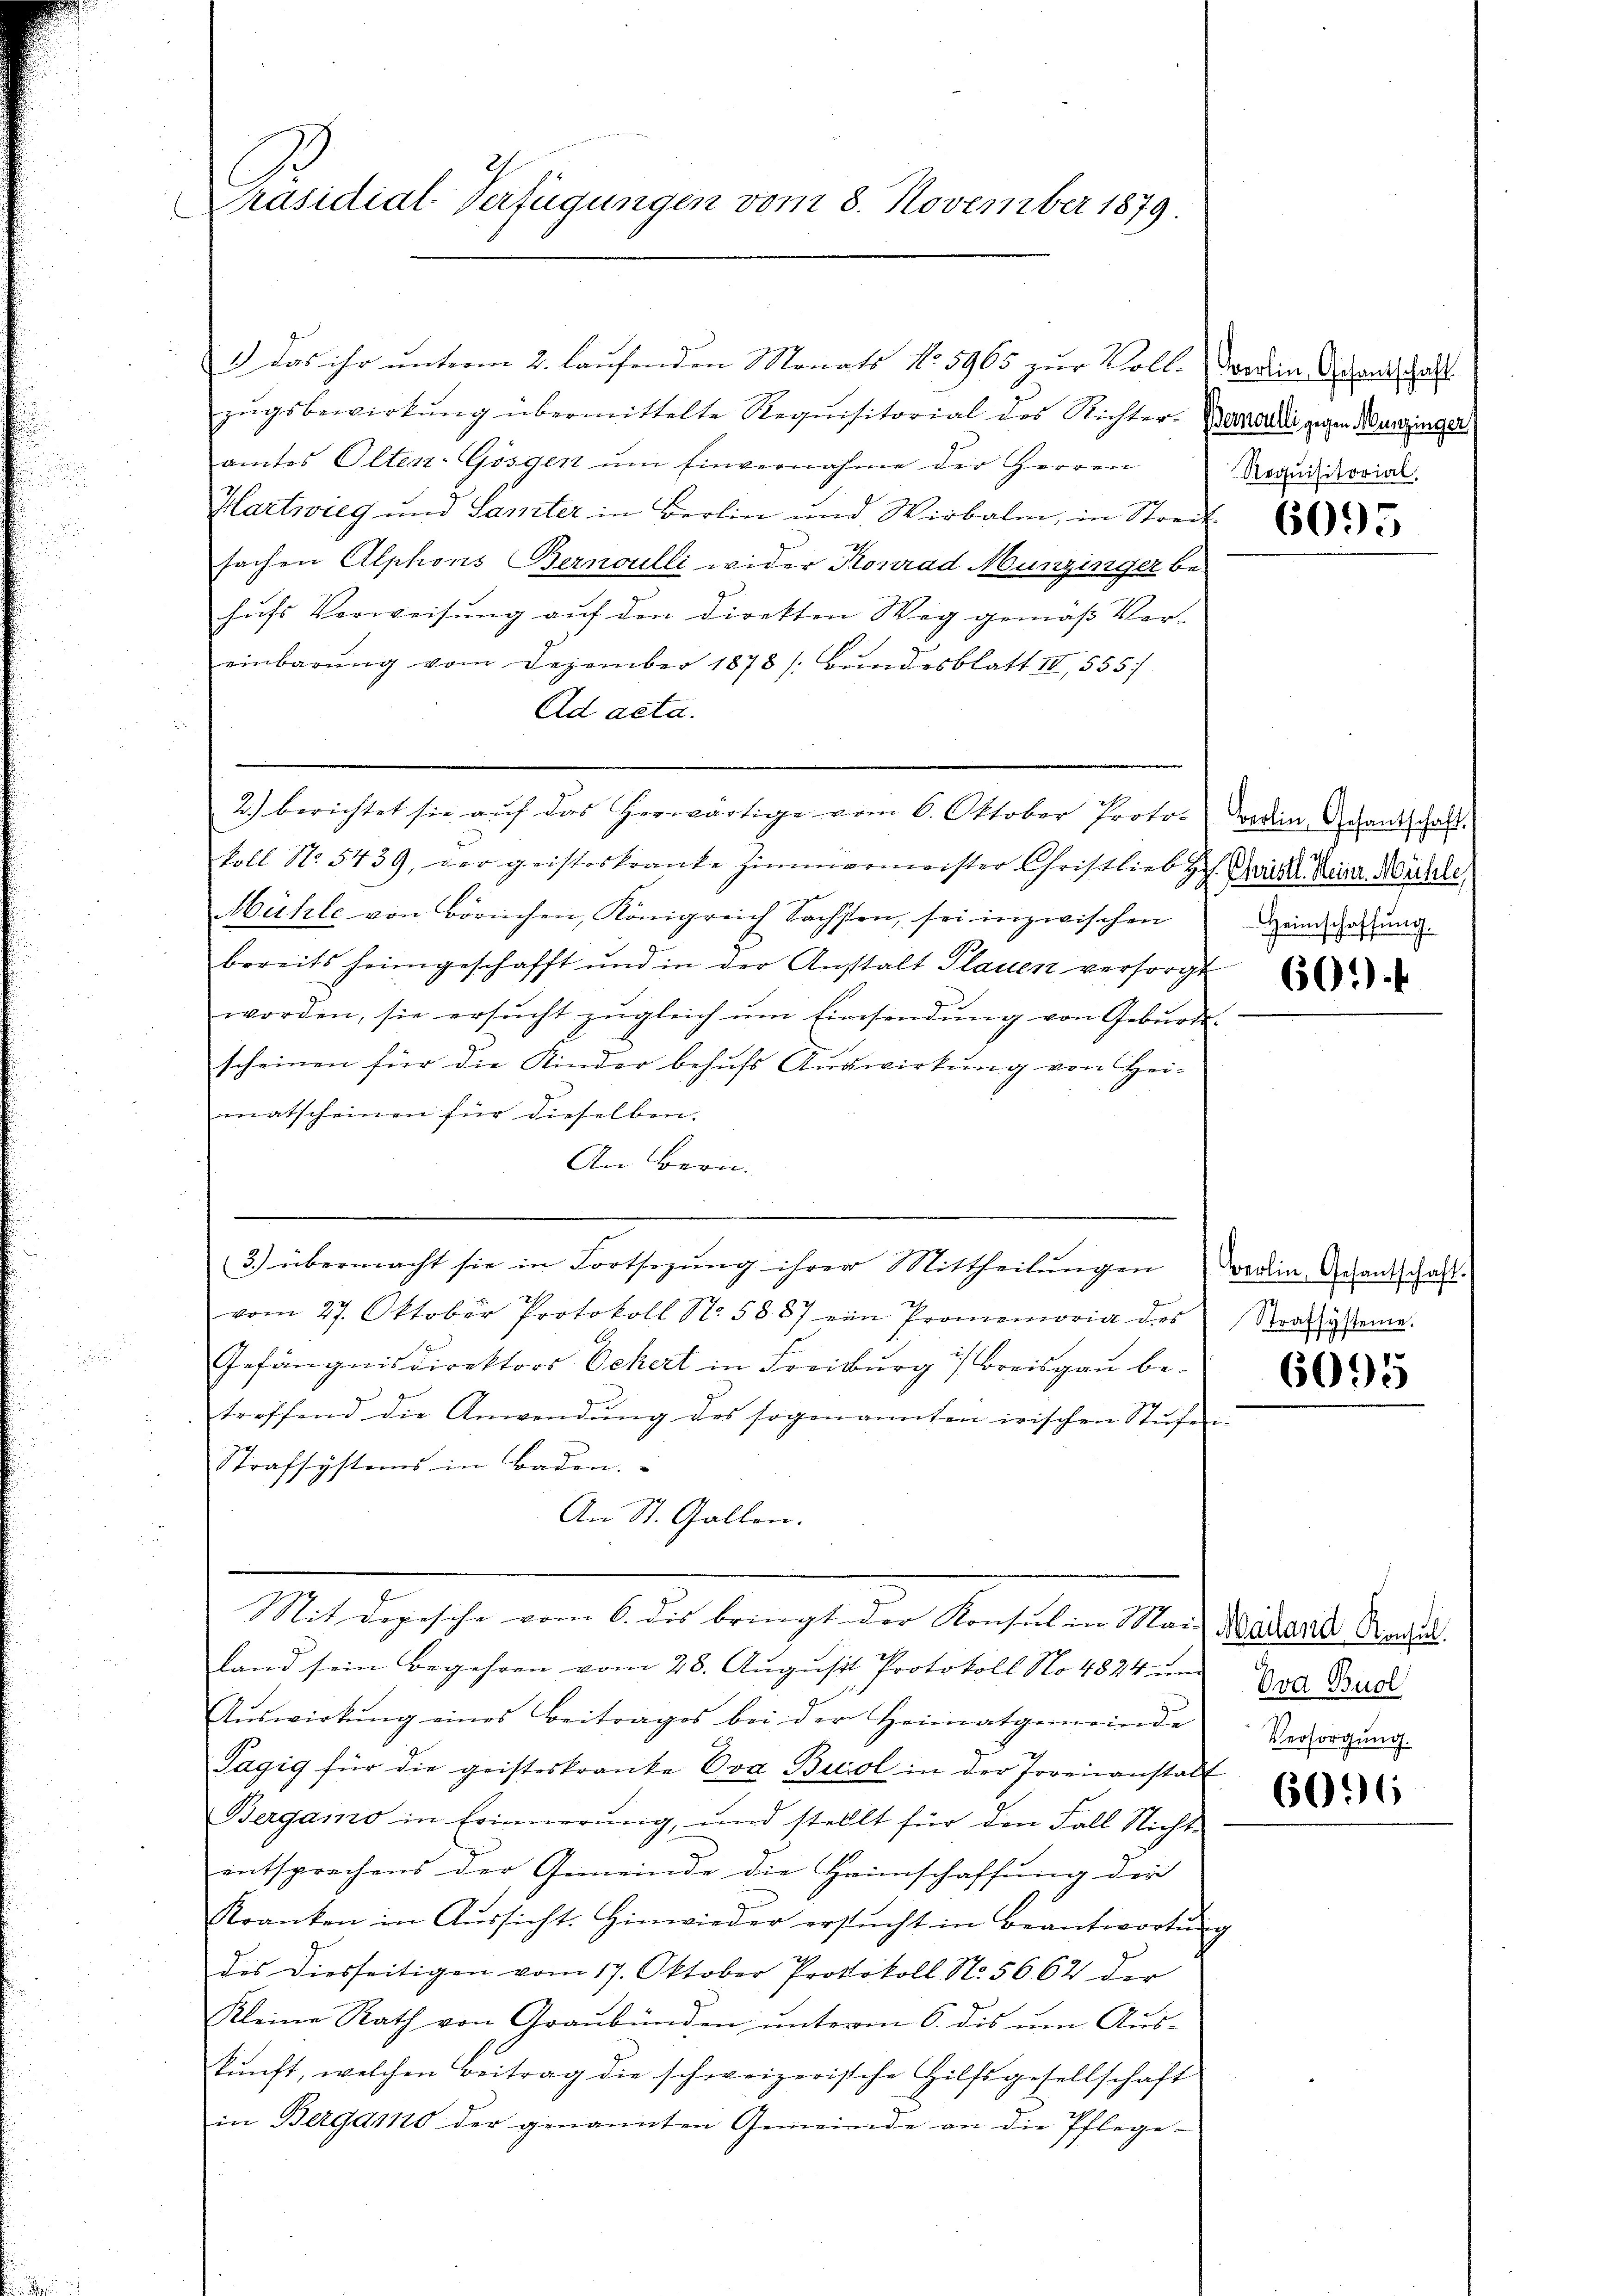
Präsidial-Verfügungen vom 8. November 1879.
.

1.) Das ihr unterm 2. laufenden Monats No. 5965 zur Voll. Vorden Gesandschaft
zŭgsbewirkung übermittelte Requisitorial des Richter- Bernardi gegen Munzinger
amtes Olten-Gösgen ŭm Einvernahme der Herren
Hartwieg und Samster in Berlin und Wirbalm, in Streit
sachen Alphons Bernoulli wider Konrad Munzinger be-
hufs Verweisung auf den direkten Weg gemäß Ver-
einbarŭng vom Dezember 1878 / Bŭndesblatt IV 555
Ad acta.
koll No 5439, der geisteskranke Zimmermeister Christlieb Hch. Geist Deine Mühle
Mühle von Börnchen, Königreich Sachsten, sei inzwischen
bereits heimgeschafft und in der Anstalt Plauen versorgt
worden, sie ersŭcht zŭgleich ŭm Einsendung von Geburtsscheinen für die Kinder behŭfs Auswirkŭng von Hei-
matscheinen für dieselben.
An Bern.
e
3.) übermacht sie in Fortsezŭng ihrer Mittheilŭngen
vom 27. Oktober Protokoll N. 5887 ein Promemoria des
Gefängnisdirektors Ockert in Freiburg u Breisgau betreffend die Anwendŭng des sogenanten irischen Stŭfe
Strafsystems in Baden. |
An St. Gallen.
Mit Depesche vom 6. dis bringt der Konsul in Mar-Markers Sachen.
Land sein Begehren vom 28. August Protokoll No 4824 und Brud
Aŭswirkŭng eines Beitrages bei der Heimatgemeinde. Vorsorgung.
Tagig für die geisteskranke Eva Biol in der Irrenanstalt
Bergamo in Erinnerung, und stellt für den Fall Nicht
entsprechens der Gemeinde die Heimschaffung der
Kranken in Aŭssicht. Hinwieder ersŭcht in Beantwortŭng
des diesseitigen vom 17. Oktober Protokoll No. 5662 der
Kleine Rath von Graubünden; unterm 6. dis um Auskŭnft, welchen Beitrag die schweizerische Hilfsgesellschaft
in Bergamo der genannten Gemeinde an die Pflege-

2.) berichtet sie aŭf das herwärtige vom 6. Oktober Proto-

Requisitorial.

1

6095

werlin, Gesantschaft.
Heimschaffung.

601 f

oerlin, Gesantschaft.
Strafsysteme.

6095

606